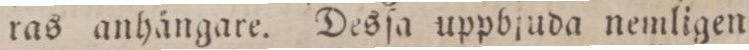
ras anhängare. Desſa uppbjuda nemligen